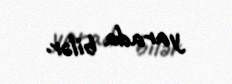
yarada bilər.